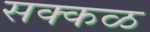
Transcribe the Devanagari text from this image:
सक्‍कळ